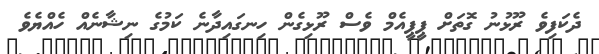
ދެކަފިވެ ރޫޅުނު ގޮތަށް ޕީޕީއެމް ވެސް ރޫޅިގެން ހިނގައިދާނެ ކަމުގެ ނިޝާނެއް ހެއްޔެވެ